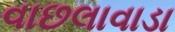
વાછલાવાડા